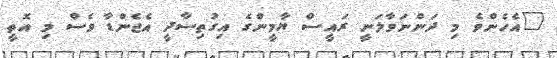
"އެހެންވެ މި ދަންނަވާލަނީ ރައީސް ޔާމީންގެ އިގުތިސާދީ އެޖެންޑާ ވެސް މި އޮތީ